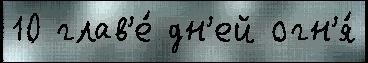
10 глав'е́ дн'ей огн'я́